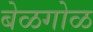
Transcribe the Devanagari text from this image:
बेळगोळ